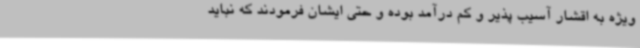
ویژه به اقشار آسیب پذیر و کم درآمد بوده و حتی ایشان فرمودند که نباید